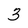
Character: 3